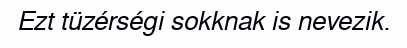
Ezt tüzérségi sokknak is nevezik.